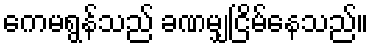
ကေမရွန်သည် ခဏမျှငြိမ်နေသည်။